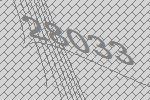
28033